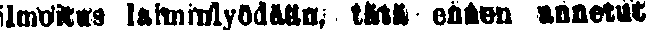
ilmoitus laiminlyödään, tätä ennen annetut